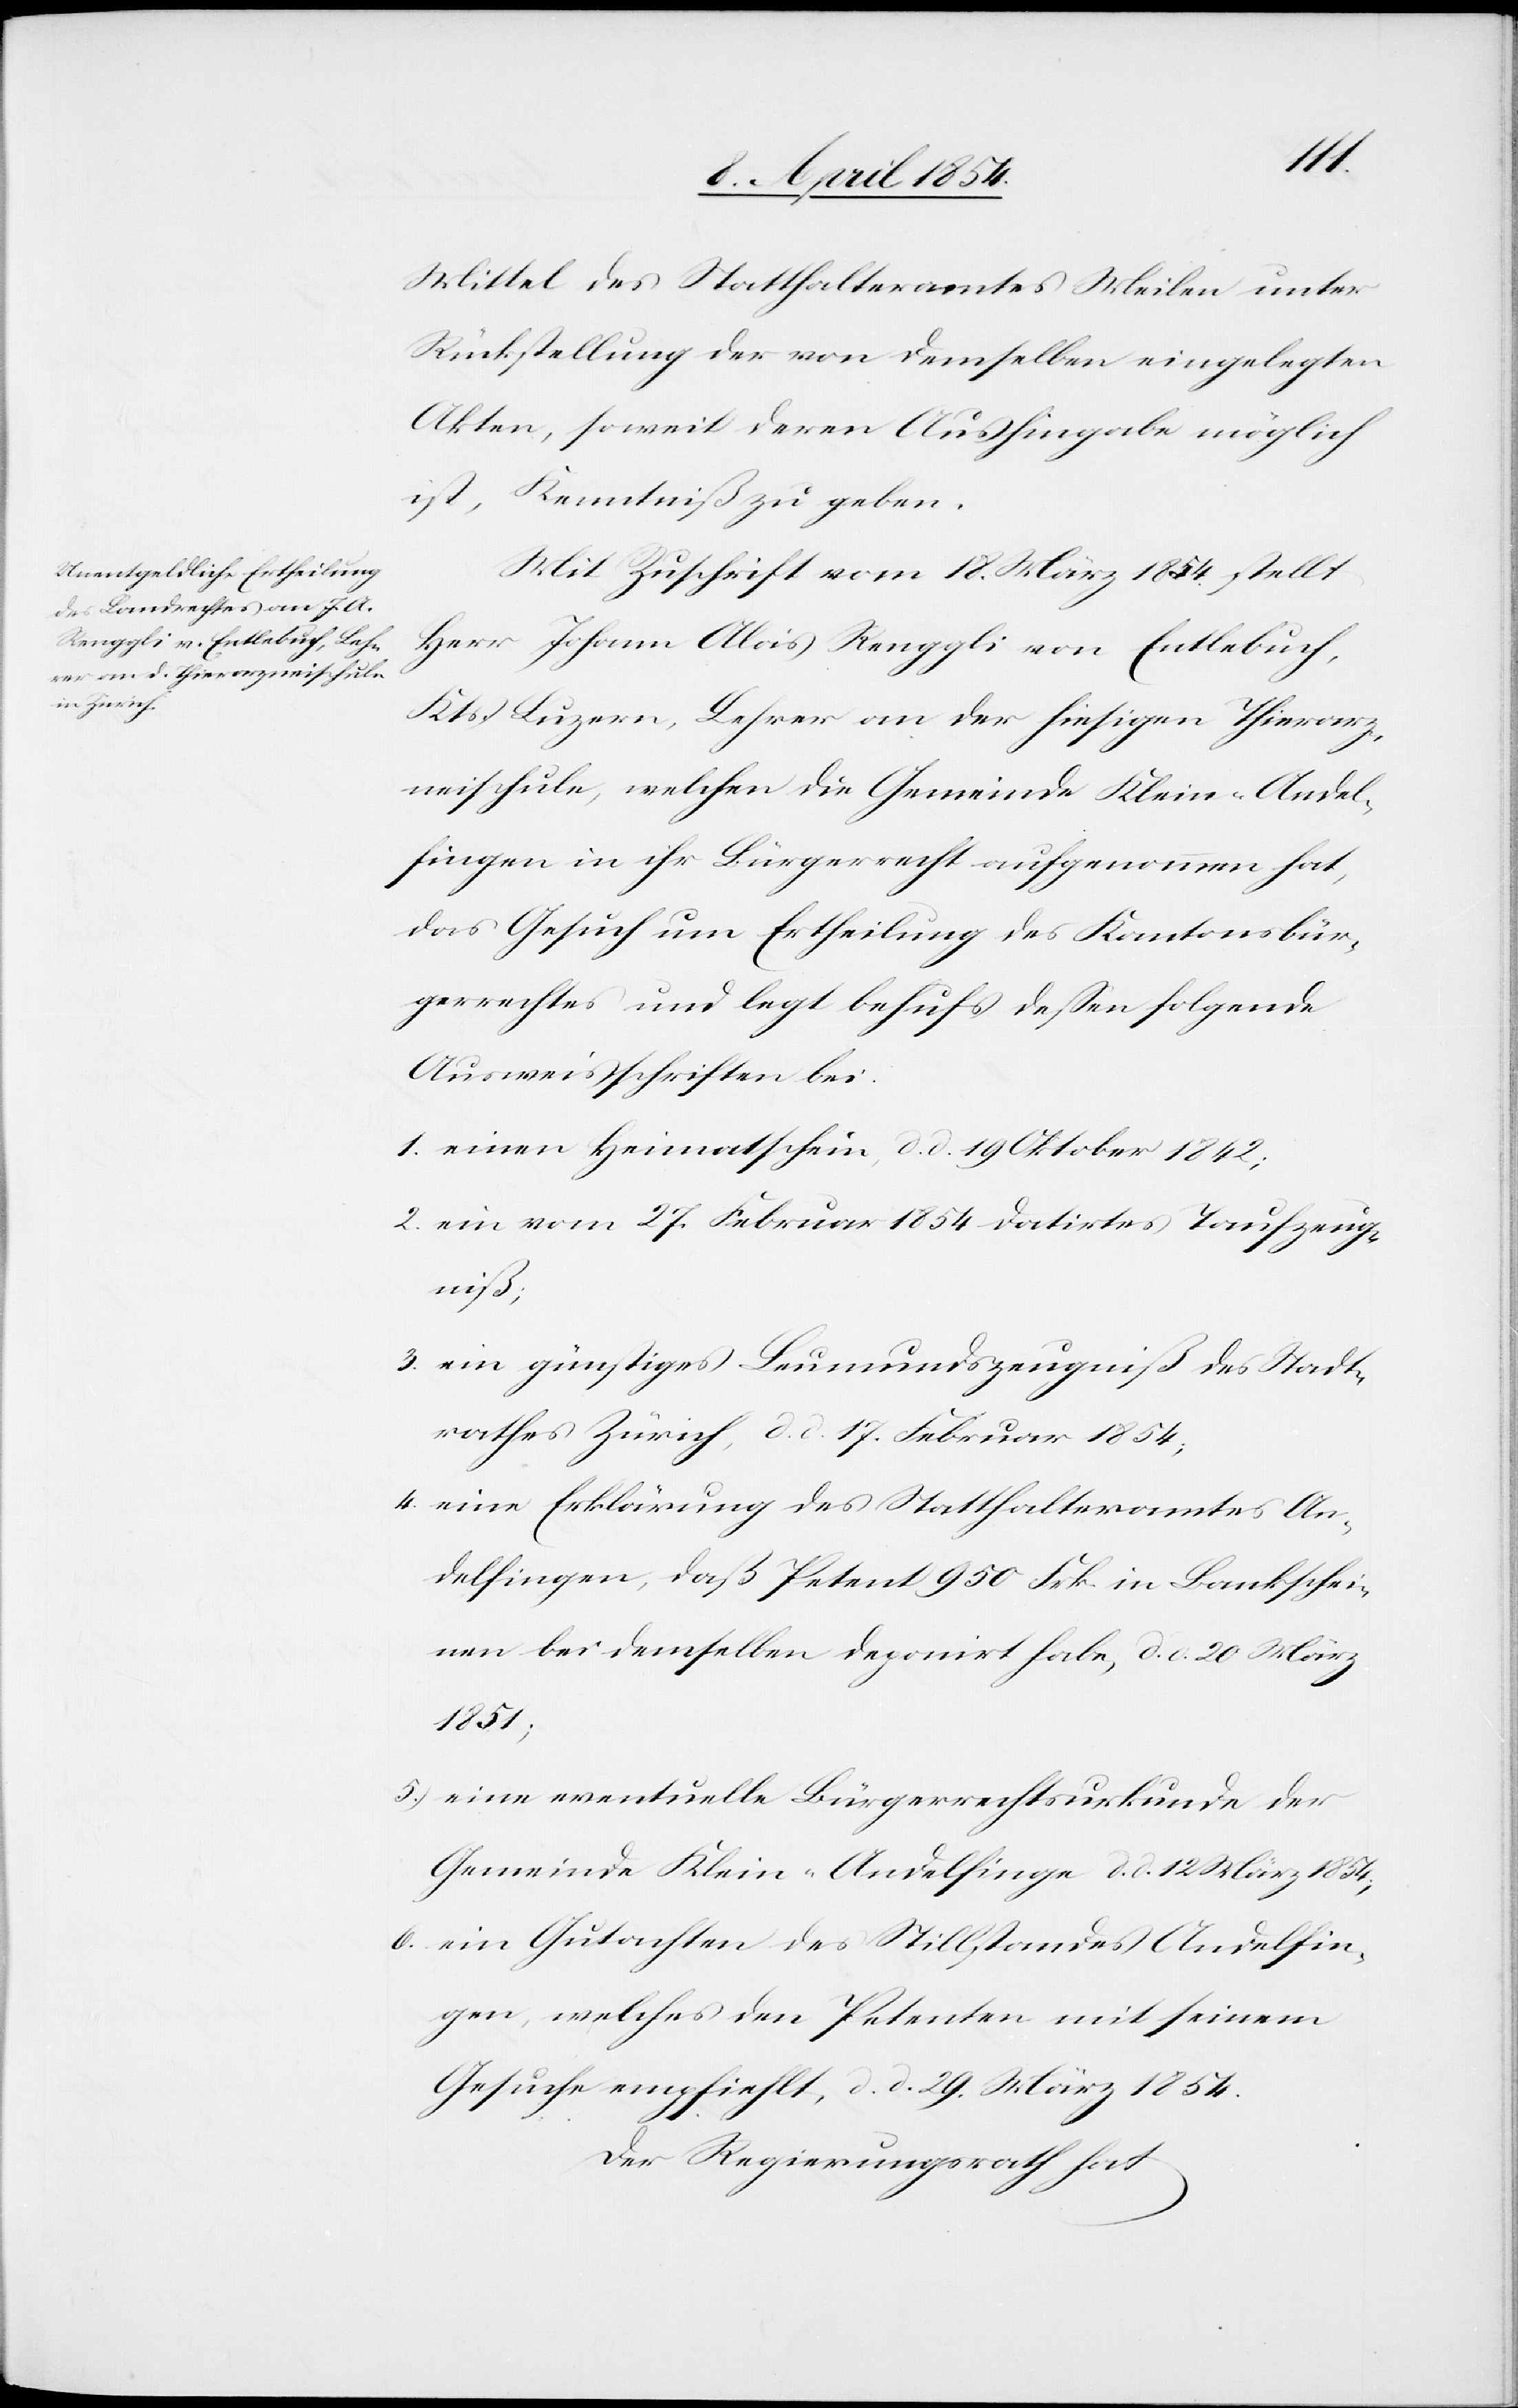
Mittel des Statthalteramtes Meilen unter
Rückstellung der von demselben eingelegten
Akten, soweit deren Aushingabe möglich
ist, Kenntniß zu geben.
Mit Zuschrift vom 18. März 1854. stellt
Herr Johan Allois Renggli von Entlebuch,
Kts. Luzern, Lehrer an der hiesigen Thierarz¬
neischule, welchen die Gemeinde Klein-Andel¬
fingen in ihr Bürgerrecht aufgenommen hat,
das Gesuch um Ertheilung des Kantonsbür¬
gerrechtes und legt behufs deßen folgende
Ausweisschriften bei.
1.) einen Heimatschein, d. d. 19 Oktober 1842;
2.) ein vom 27. Februar 1854 datirtes Taufzeug¬
niß;
3.) ein günstiges Leumundszeugniß des Stadt¬
rathes Zürich, d. d. 17. Februar 1854;
4.) eine Erklärung des Statthalteramtes An¬
delfingen, daß Petent 950 Frk. in Bankschei¬
nen bei demselben deponirt habe, d. d. 20. März
1854;
5.) eine eventuelle Bürgerrechtsurkunde der
Gemeinde Klein-Andelfingen d. d. 12. März 1854;
6.) ein Gutachten des Stillstandes Andelfin¬
gen, welches den Petenten mit seinem
Gesuche empfiehlt, d. d. 29. März 1854.
Der Regierungsrath hat